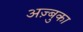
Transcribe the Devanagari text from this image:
अज़्बुका